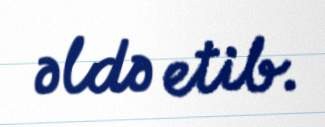
əldə etib.